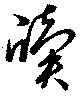
牘